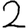
Digit: 2